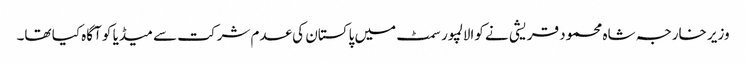
وزیر خارجہ شاہ محمود قریشی نے کوالالمپور سمٹ میں پاکستان کی عدم شرکت سے میڈیا کو آگاہ کیا تھا۔